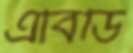
এবিডি